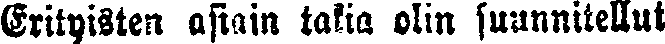
Erityisten asiain takia olin suunnitellut